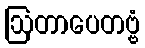
ဩတာပေတဗ္ဗံ